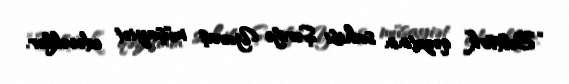
“Beltürk” qəzetinin sahibi Şərifə Yavaş müşayiət edəcəklər.